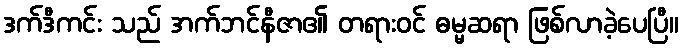
ဒက်ဒီကင်း သည် အက်ဘင်နီဇာ၏ တရားဝင် ဓမ္မဆရာ ဖြစ်လာခဲ့ပေပြီ။